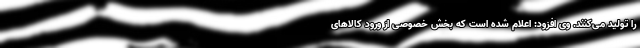
را تولید می‌کنند. وی افزود: اعلام شده است که بخش خصوصی از ورود کالاهای